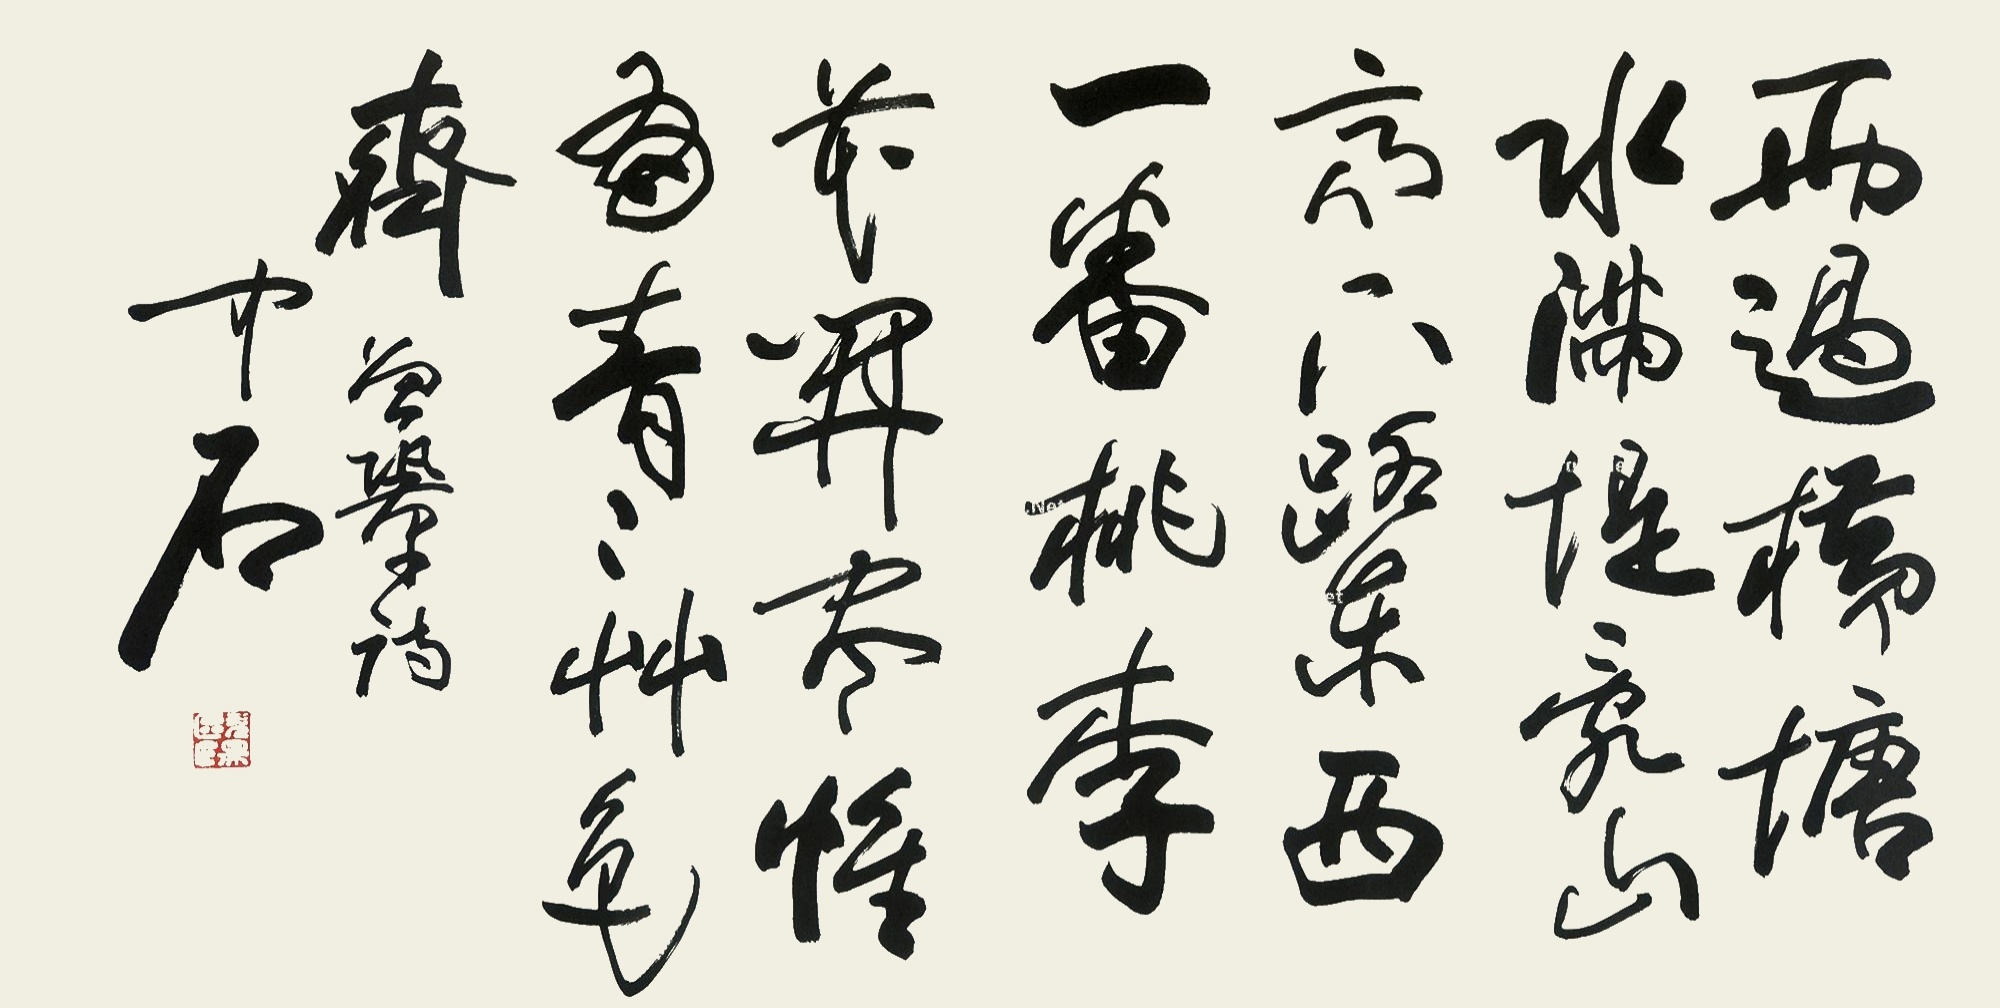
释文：雨过横塘水满堤，乱山高下路东西。一番桃李花开尽，惟有青青草色齐。中石。